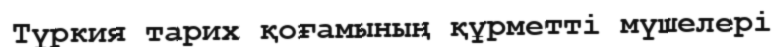
Түркия тарих қоғамының құрметті мүшелері